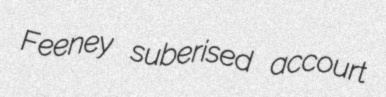
Feeney suberised accourt